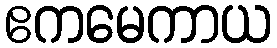
ဧကမေကာယ